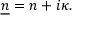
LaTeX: { \underline { { n } } } = n + i \kappa .